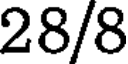
28/8